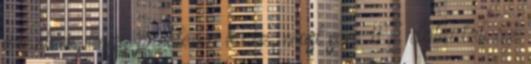
éreztem, hogy probléma lenne, most sem #7 dabadab az